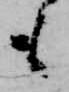
も